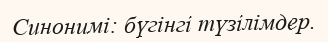
Синонимі: бүгінгі түзілімдер.